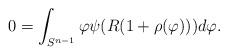
LaTeX: \begin{align*}0=\int_{S^{n-1}}\varphi\psi(R(1+\rho(\varphi)))d\varphi.\end{align*}